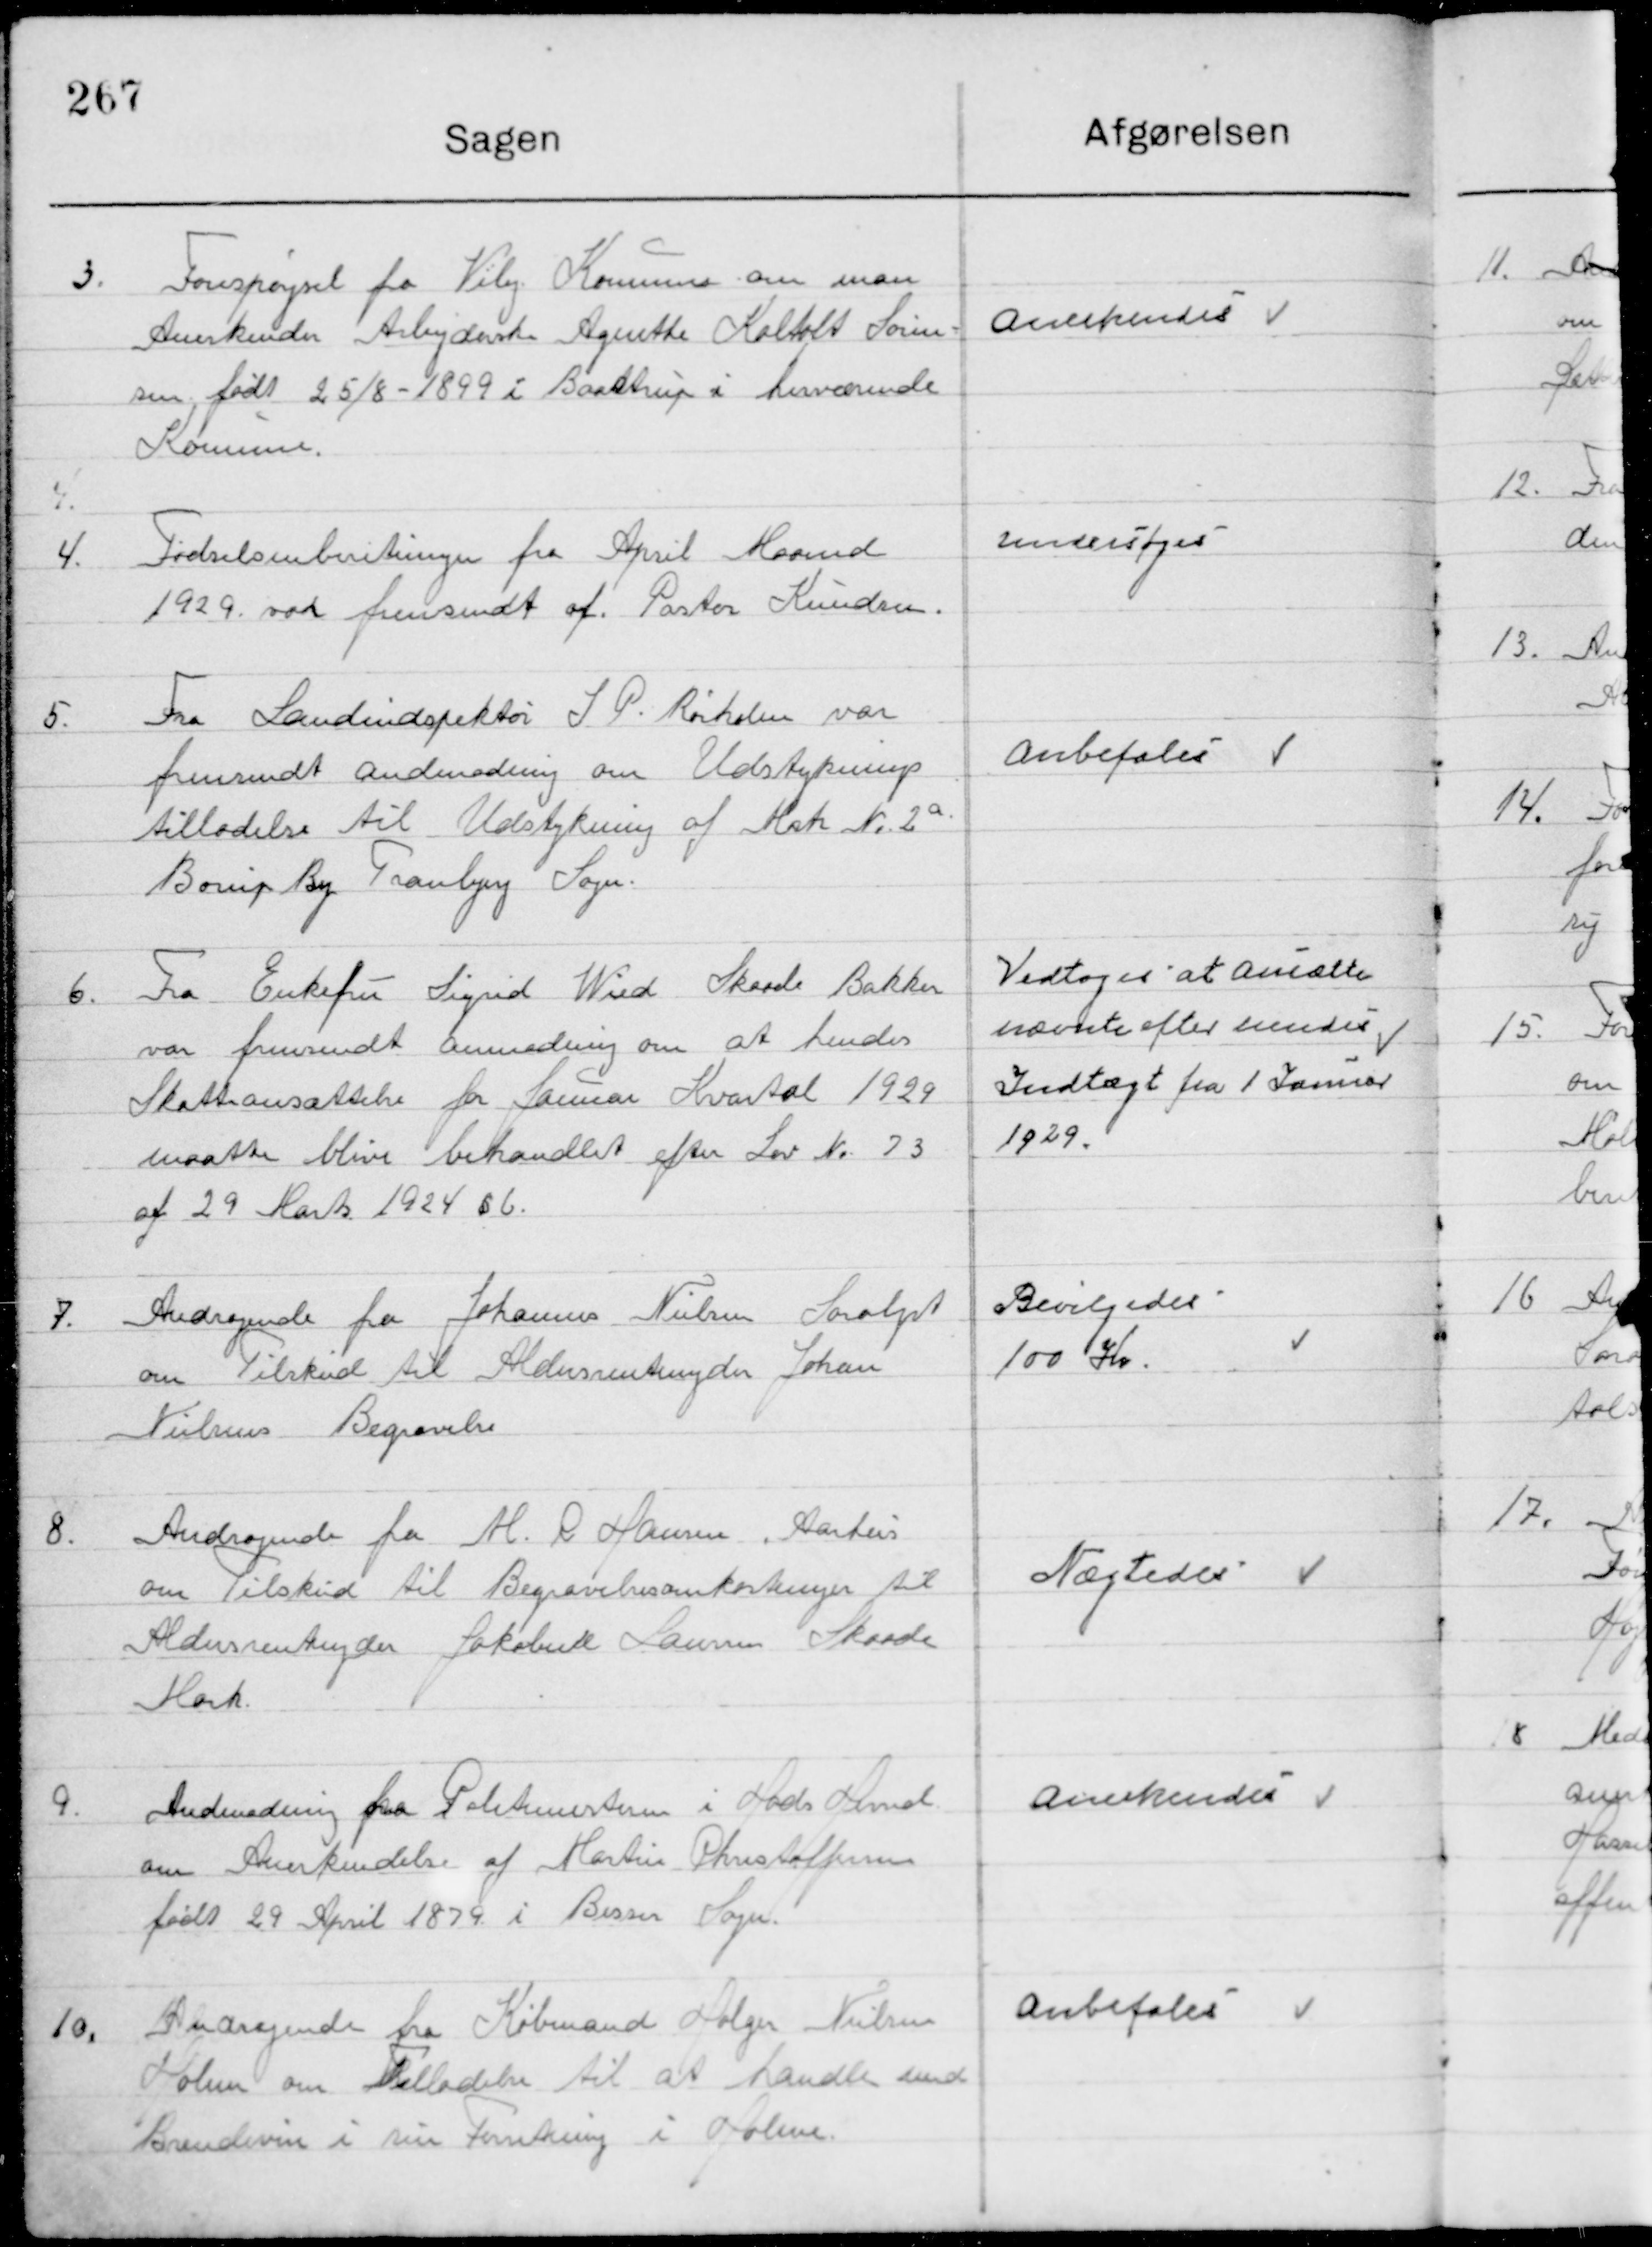
Transskription:
3

Forespørgsel fra Viby Kommune om man
Anerkender Arbejdske Agnete Koltolt Søren-
sen, født 25/8-1899 i Baastrup i herværende 
Kommune.

Anerkendes

4

Fødselsindberetning fra April Maaned
1929 var fremsendt af Pastor Knudsen

Undersøges

5

Fra Landinspektør I. P. Rørholm var
fremsendt anmodning om Udstykning
tillodes til Udstykning af Matr. Nr. 2 a 	
Børup By Tranbjerg Sogn

Anbefales

6

Fra Enkefru Sigrid Wied Skaade Bakker
var fremsendt anmodning om at hendes
skatteansættelse for Januar Kvartal 1929
maatte blive behandlet efter Lov No. 73
af 29 Marts 1924 § 6-

Vedtoges at ansætte 
nævnte efter hendes
Indtægt fra 1 Januar
1929.

7

Andragende fra Johannes Nielsen Saralyst
om Tilskud til Aldersrenteyder Johan 
Nilsens Begravelse

Bevilgedes
100 Kr.

8

Andragende fra H. R. Hansen Aarhus
om Tilskud til Begravelsesomkostninger til
Aldersrenteyder Jakobsen Larsen Skaade
Mark

Nægtes

9

Andmodning fra Politimesteren i Hads Herred
om Anerkendelse af Martin Christoffersen
født 29 April 1870 i Besser Sogn

Anerkendes

10

Andragende fra Købmand Holger Nielsen
Holme om Tilladelse til at handle med
Brændevin i sin Forretning i Holme.

Anbefales